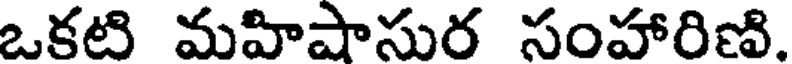
ఒకటి మహిషాసుర సంహారిణి.